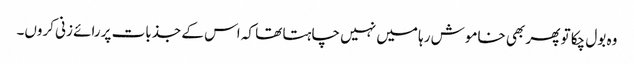
وہ بول چکا تو پھر بھی خاموش رہا میں نہیں چاہتا تھا کہ اس کے جذبات پررائے زنی کروں۔